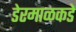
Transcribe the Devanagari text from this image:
डेरमाळकडे